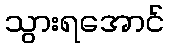
သွားရအောင်